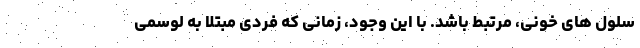
سلول های خونی، مرتبط باشد. با این وجود، زمانی که فردی مبتلا به لوسمی